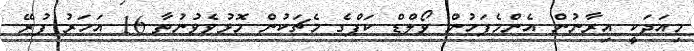
މިއަދަކީ އިރާނުން އެންމެފަހުން ވޯލްޑް ކަޕްގެ މެޗަކުން މޮޅުވެވުނުތާ 16 އަހަރު ފުރޭ